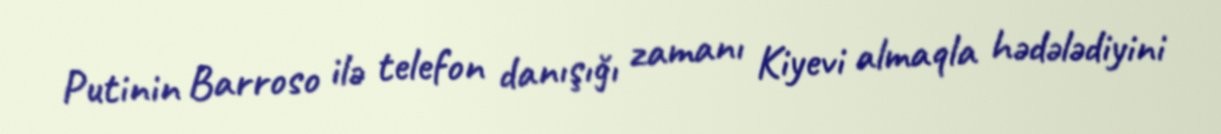
Putinin Barroso ilə telefon danışığı zamanı Kiyevi almaqla hədələdiyini